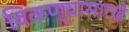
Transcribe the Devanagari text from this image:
विकण्यासारखे